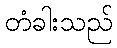
တံခါးသည်